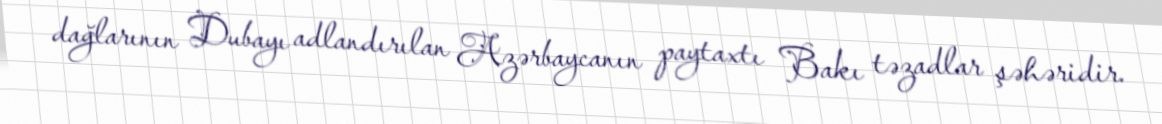
dağlarının Dubayı adlandırılan Azərbaycanın paytaxtı Bakı təzadlar şəhəridir.